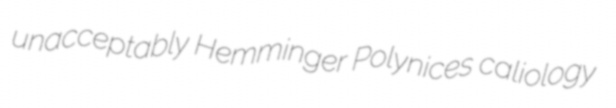
unacceptably Hemminger Polynices caliology